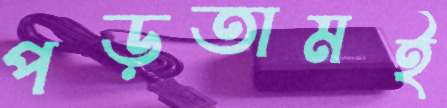
পড়তামই